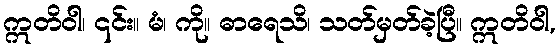
ဣတိဝါ၊ ၎င်း။ မံ၊ ကို။ ဓာရေသိ၊ သတ်မှတ်ခဲ့ပြီ။ ဣတိဝါ,